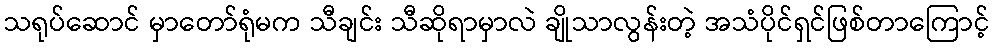
သရုပ်ဆောင် မှာတော်ရုံမက သီချင်း သီဆိုရာမှာလဲ ချိုသာလွန်းတဲ့ အသံပိုင်ရှင်ဖြစ်တာကြောင့်